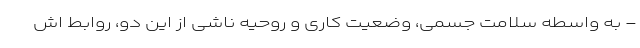
- به واسطه سلامت جسمی، وضعیت کاری و روحیه ناشی از این دو، روابط اش